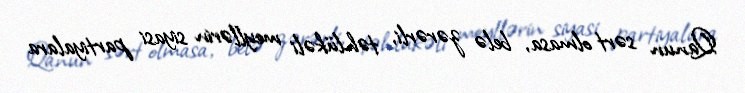
Qanun sərt olmasa, belə zərərli, təhlükəli meyllərin siyasi partiyalara